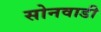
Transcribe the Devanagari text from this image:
सोनवाडी